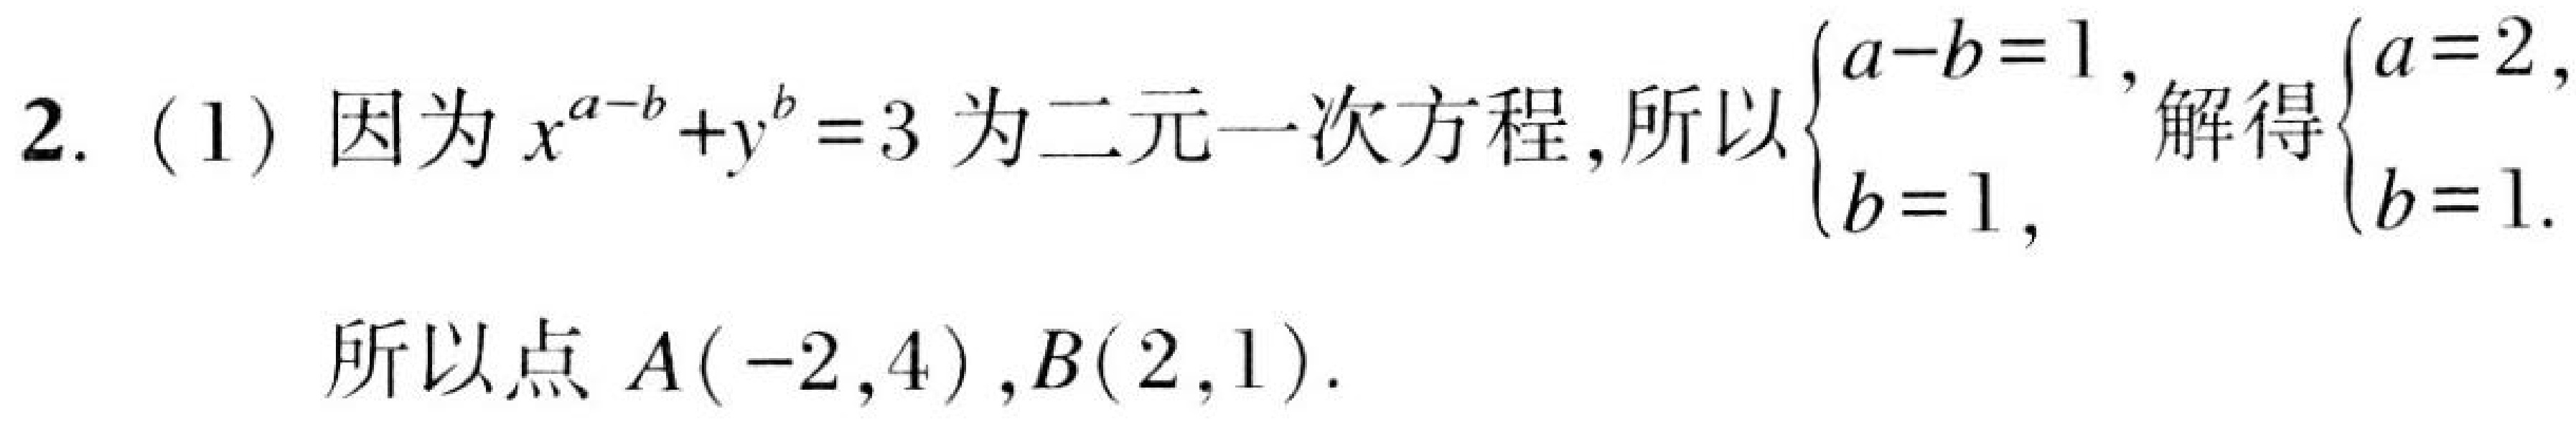
2. (1) 因为\(x^{a - b}+y^{b}=3\)为二元一次方程,所以\(\begin{cases}a - b = 1,\\b = 1,\end{cases}\)解得\(\begin{cases}a = 2,\\b = 1.\end{cases}\)

所以点\(A(-2,4),B(2,1)\).